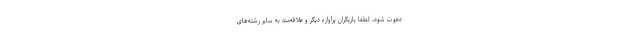
دعوت شود، لطفا بازیگران پرآوازه دیگر و علاقه‌مند به سایر رشته‌های